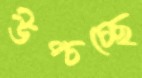
উপ্‌চচ্ছে